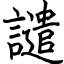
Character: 譴